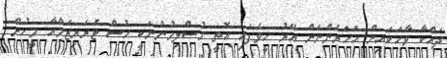
ދައްކާ ވާހަކައިން އަހަރެންނަށް އޭރު ހީވެފައި އޮތީ މުސްލިމުންނަކީ ހުސް ޓެރަރިޒަމްއާ މީހުން